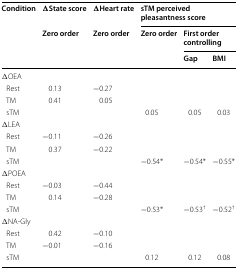
| <ROWSPAN=3> Condition | ∆State score | ∆Heart rate | <COLSPAN=3> sTM perceived pleasantness score |
 | <ROWSPAN=2> Zero order | <ROWSPAN=2> Zero order | <ROWSPAN=2> Zero order | <COLSPAN=2> First order controlling |
 | Gap | BMI |
 | --- | --- | --- | --- | --- | --- |
 | <COLSPAN=6> ∆OEA |
 | Rest | 0.13 | −0.27 |  |  |  |
 | TM | 0.41 | 0.05 |  |  |  |
 | sTM |  |  | 0.05 | 0.05 | 0.03 |
 | <COLSPAN=6> ∆LEA |
 | Rest | −0.11 | −0.26 |  |  |  |
 | TM | 0.37 | −0.22 |  |  |  |
 | sTM |  |  | −0.54* | −0.54* | −0.55* |
 | <COLSPAN=6> ∆POEA |
 | Rest | −0.03 | −0.44 |  |  |  |
 | TM | 0.14 | −0.28 |  |  |  |
 | sTM |  |  | −0.53* | −0.53† | −0.52† |
 | <COLSPAN=6> ∆NA-Gly |
 | Rest | 0.42 | −0.10 |  |  |  |
 | TM | −0.01 | −0.16 |  |  |  |
 | sTM |  |  | 0.12 | 0.12 | 0.08 |